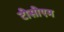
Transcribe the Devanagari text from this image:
टीसीएम